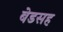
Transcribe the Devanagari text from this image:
बेडसह